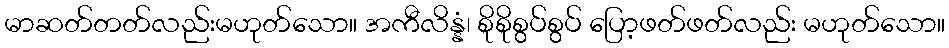
မာဆတ်တတ်လည်းမဟုတ်သော။ အကီလိန္နံ၊ စိုစိုစွပ်စွပ် ပြော့ဖတ်ဖတ်လည်း မဟုတ်သော။